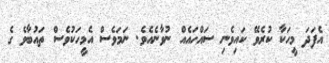
އެފަދަ މީހަކާ ކުރެވޭ ކައިވެނި ސައްހައެއް ނުވާނެއެވެ. ނަމަވެސް އެމީހަކުވެސް ތައުބާވެ ގެ